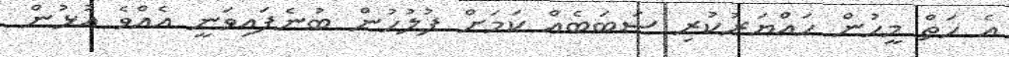
އެ ހަތް މީހުން ހައްޔަރުކުރި ސަބަބެއް ކަމަށް ފުލުހުން ބުނެފައިވަނީ އެއްވެ އުޅުން